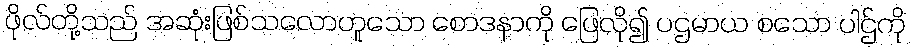
ဖိုလ်တို့သည် အဆုံးဖြစ်သလောဟူသော စောဒနာကို ဖြေလို၍ ပဌမာယ စသော ပါဌ်ကို